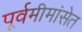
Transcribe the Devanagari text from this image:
पूर्वमीमांसेत